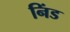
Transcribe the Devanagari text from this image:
निंड